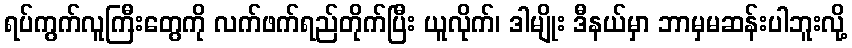
ရပ်ကွက်လူကြီးတွေကို လက်ဖက်ရည်တိုက်ပြီး ယူလိုက်၊ ဒါမျိုး ဒီနယ်မှာ ဘာမှမဆန်းပါဘူးလို့